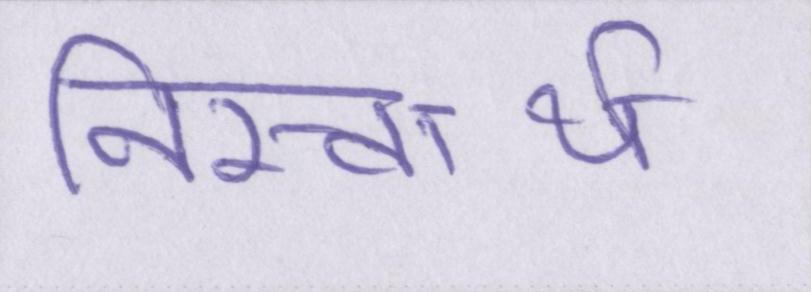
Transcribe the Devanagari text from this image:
निस्वार्थ